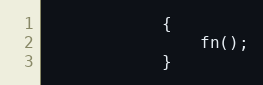
Language: JavaScript
			{
				fn();
			}